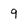
Character: 9